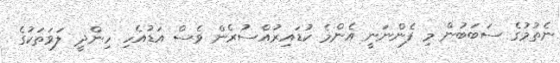
ނެތުމުގެ ސަބަބުން މި ފެންނަނީ އެންމެ ކުޑައިރުއްސުރެން ވެސް އަޑުއެހި ހިންދީ ލަވަތަކުގެ